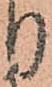
り